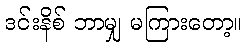
ဒင်းနိစ် ဘာမျှ မကြားတော့။